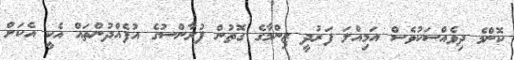
ކޮންމެ ދިވެއްސަކުވެސް އަމިއްލަ ފަރުދީ ޒިންމާގެ ގޮތުން ފުރާންސުގެ އުފެއްދުންތައް އެކީ އެކަށް